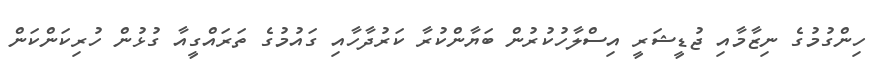
ހިންގުމުގެ ނިޒާމާއި ޖުޑީޝަރީ އިސްލާހުކުރުން ބަޔާންކުރާ ކަރުދާހާއި ގައުމުގެ ތަރައްގީއާ ގުޅުން ހުރިކަންކަން